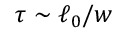
\tau \sim \ell _ { 0 } / w